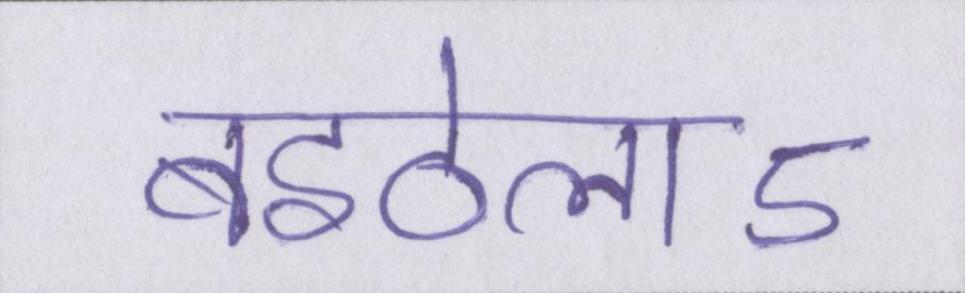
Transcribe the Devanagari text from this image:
बइठेलाऽ